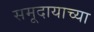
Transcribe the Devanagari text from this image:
समूदायाच्या